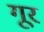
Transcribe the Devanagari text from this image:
गूर